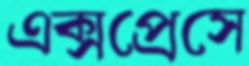
এক্সপ্রেসে